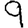
Digit: 9